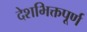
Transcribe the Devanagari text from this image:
देशभिक्तपूर्ण